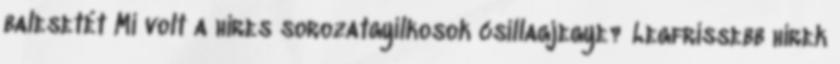
balesetét Mi volt a híres sorozatgyilkosok csillagjegye? Legfrissebb hírek